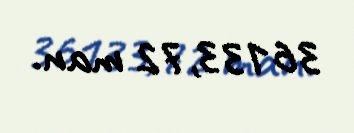
36133,72 man.